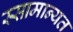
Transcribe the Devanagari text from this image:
स्सामान्यत